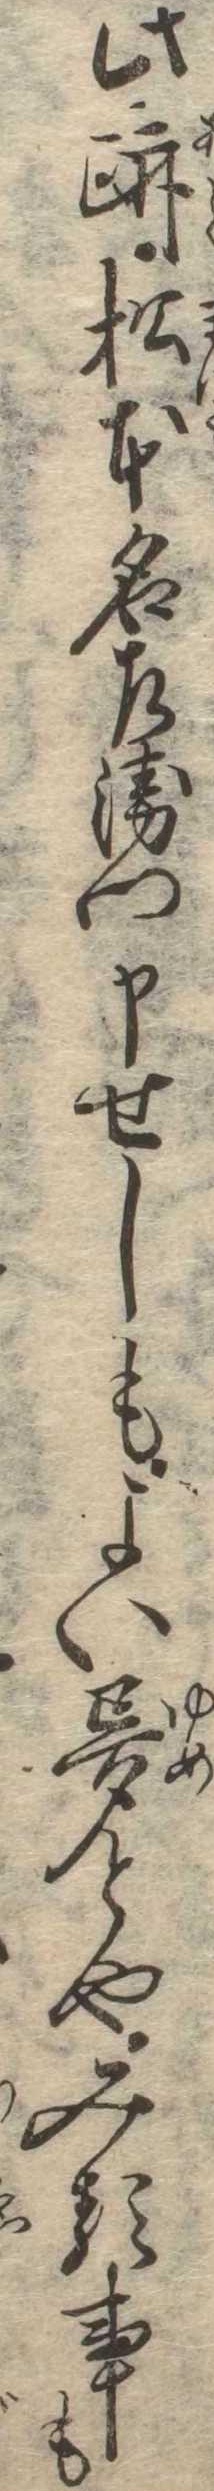
此跡松本名左衛門申せしもよい夢とやみる事も